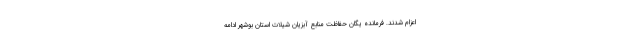
اعزام شدند. فرمانده یگان حفاظت منابع آبزیان شیلات استان بوشهر ادامه